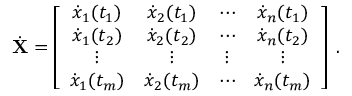
\dot { { \bf X } } = \left[ \begin{array} { c c c c } { \dot { x } _ { 1 } ( t _ { 1 } ) } & { \dot { x } _ { 2 } ( t _ { 1 } ) } & { \cdots } & { \dot { x } _ { n } ( t _ { 1 } ) } \\ { \dot { x } _ { 1 } ( t _ { 2 } ) } & { \dot { x } _ { 2 } ( t _ { 2 } ) } & { \cdots } & { \dot { x } _ { n } ( t _ { 2 } ) } \\ { \vdots } & { \vdots } & { \vdots } & { \vdots } \\ { \dot { x } _ { 1 } ( t _ { m } ) } & { \dot { x } _ { 2 } ( t _ { m } ) } & { \cdots } & { \dot { x } _ { n } ( t _ { m } ) } \end{array} \right] \; .